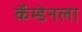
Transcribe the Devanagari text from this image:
कॅम्डेनला